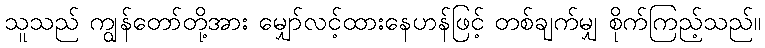
သူသည် ကျွန်တော်တို့အား မျှော်လင့်ထားနေဟန်ဖြင့် တစ်ချက်မျှ စိုက်ကြည့်သည်။